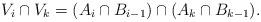
LaTeX: \begin{align*}V_i \cap V_k = (A_i \cap B_{i-1}) \cap (A_k \cap B_{k-1}).\end{align*}